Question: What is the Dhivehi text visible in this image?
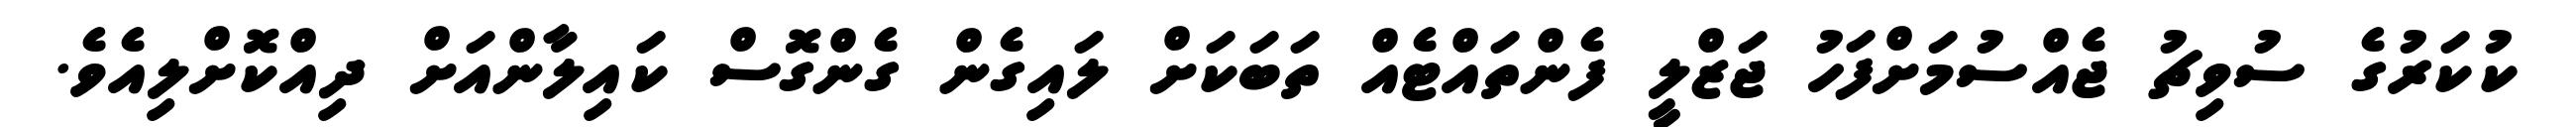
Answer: ކުކަރުގެ ސުވިޗު ޖެއްސުމަށްފަހު ޖަޒްލީ ފެންތައްޓެއް ތަބަކަށް ލައިގެން ގެންގޮސް ކައިލާންއަށް ދިއްކޮށްލިއެވެ.